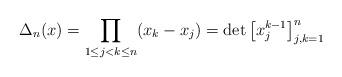
LaTeX: \begin{align*} \Delta_n(x) = \prod_{1\leq j<k\leq n} (x_k-x_j) = \det \left[ x_j^{k-1}\right]_{j,k=1}^n\end{align*}